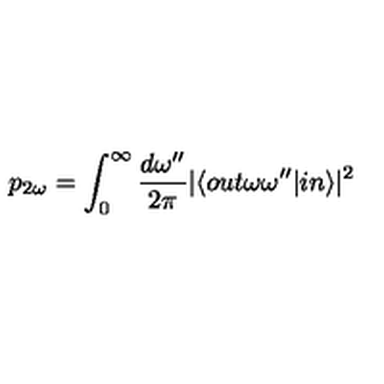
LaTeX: p _ { 2 \omega } = \int _ { 0 } ^ { \infty } \frac { d \omega ^ { \prime \prime } } { 2 \pi } \vert \langle o u t \omega \omega ^ { \prime \prime } \vert i n \rangle \vert ^ { 2 }